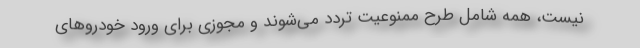
نیست، همه شامل طرح ممنوعیت تردد می‌شوند و مجوزی برای ورود خودروهای